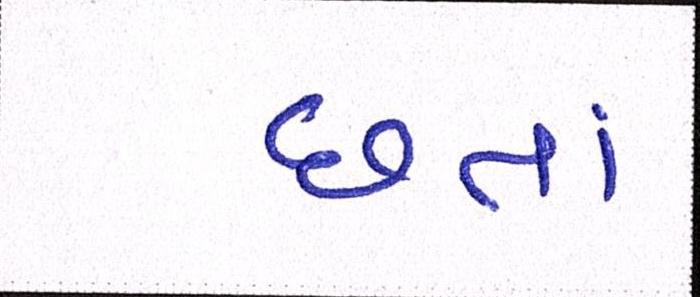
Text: છતાં